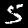
Digit: 5